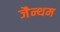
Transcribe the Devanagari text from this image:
जैन्थम